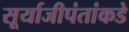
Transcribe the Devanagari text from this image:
सूर्याजीपंतांकडे